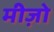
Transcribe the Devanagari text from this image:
मीज़ो